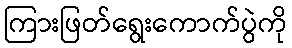
ကြားဖြတ်ရွေးကောက်ပွဲကို